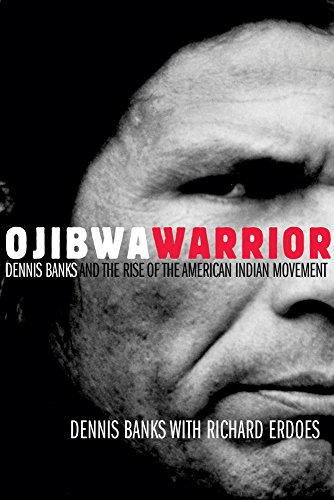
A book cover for Ojibwa Warrior: Dennis Banks and the Rise of the American Indian Movement; Dennis Banks; Biographies & Memoirs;